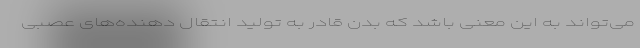
می‌تواند به این معنی باشد که بدن قادر به تولید انتقال دهنده‌های عصبی